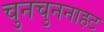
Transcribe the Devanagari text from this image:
चुनचुननाहट